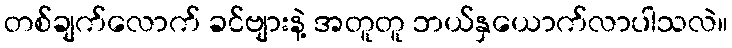
တစ်ချက်လောက် ခင်ဗျားနဲ့ အတူတူ ဘယ်နှယောက်လာပါသလဲ။